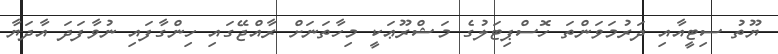
ޔޫތު ސިޓީއާއި ދަރުމަވަންތަ ހޮސްޕިޓަލުގެ މަޝްރޫޢަކީ މިހާތަނަށް ރާއްޖޭގައި ހިންގާފައި ނުވާފަދަ އާދަޔާ